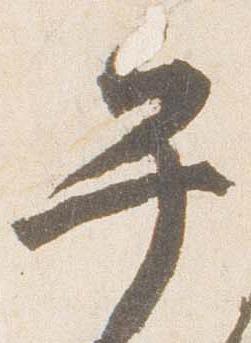
午